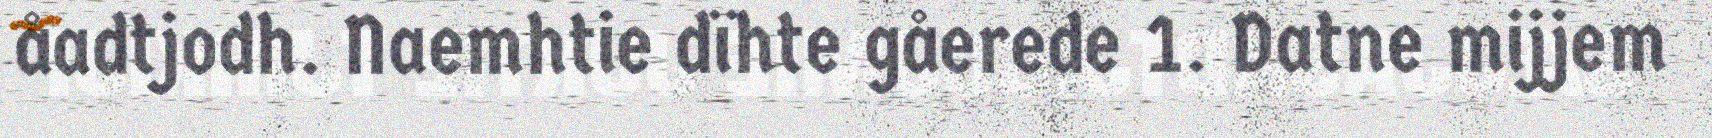
åadtjodh. Naemhtie dïhte gåerede 1. Datne mijjem